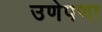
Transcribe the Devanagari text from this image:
उणेपणा